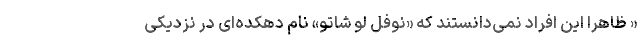
« ظاهرا این افراد نمی‌دانستند که «نوفل لو شاتو» نام دهکده‌ای در نزدیکی